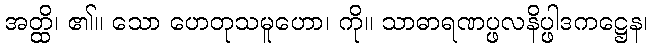
အတ္ထိ၊ ၏။ သော ဟေတုသမူဟော၊ ကို။ သာဓာရဏပ္ဖလနိပ္ဖါဒကဋ္ဌေန၊